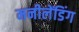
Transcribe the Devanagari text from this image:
मनीलेंडिंग